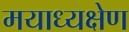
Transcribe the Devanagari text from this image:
मयाध्यक्षेण